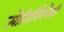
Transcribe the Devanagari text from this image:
ज्योतिर्लिंगपैकी